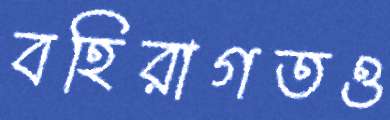
বহিরাগতও